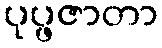
ပုပ္ဖဇာတာ